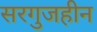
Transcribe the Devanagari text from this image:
सरगुजहीन